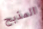
المذبح